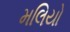
મલિયો